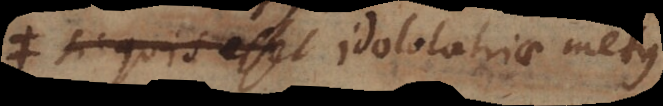
si quis esset idololatriae metus,